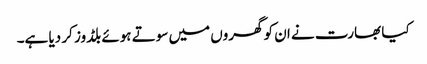
کیا بھارت نے ان کو گھروں میں سوتے ہوئے بلڈوز کر دیا ہے۔